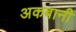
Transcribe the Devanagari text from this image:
अकबानी